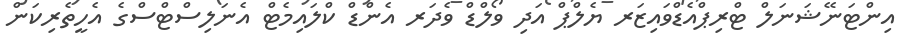
އިންޓަނޭޝަނަލް ޓްރިޕްއެޑްވައިޒަރ ޔެލްޕް އަދި ވޯލްޑް ވެދަރ އެންޑް ކްލައިމެޓް އެނަލިސްޓްސްގެ އެހީތެރިކަން